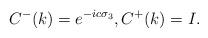
LaTeX: \begin{align*}C^-(k)=e^{- i c \sigma_3}, C^+(k)={I}.\end{align*}